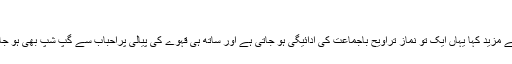
'
انہوں نے مزید کہا یہاں ایک تو نماز تراویح باجماعت کی ادائیگی ہو جاتی ہے اور ساتھ ہی قہوے کی پیالی پراحباب سے گپ شپ بھی ہو جاتی ہے۔